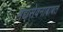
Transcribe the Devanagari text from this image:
मद्यसेवनाबाबत